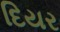
દિયર